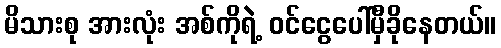
မိသားစု အားလုံး အစ်ကိုရဲ့ ဝင်ငွေပေါ်မှီခိုနေတယ်။